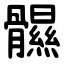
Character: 䯥